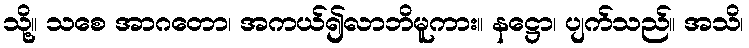
သို့။ သစေ အာဂတော၊ အကယ်၍လာဘိမူကား။ နဋ္ဌော၊ ပျက်သည်။ အသိ၊